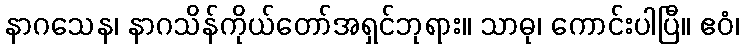
နာဂသေန၊ နာဂသိန်ကိုယ်တော်အရှင်ဘုရား။ သာဓု၊ ကောင်းပါပြီ။ ဧဝံ၊